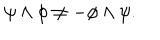
\psi \wedge \phi \neq - \phi \wedge \psi .